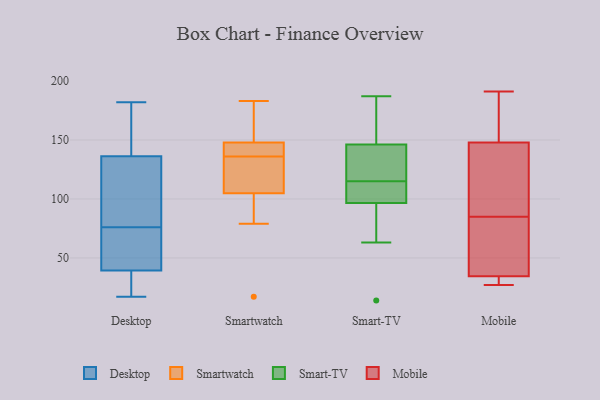
{"axis": {"x": "LTV (USD)", "y": "Value"}, "legend": ["Desktop", "Mobile", "Smart-TV", "Smartwatch"], "data": [{"x": "", "y": 76, "type": "Desktop"}, {"x": "", "y": 170, "type": "Desktop"}, {"x": "", "y": 177, "type": "Desktop"}, {"x": "", "y": 182, "type": "Desktop"}, {"x": "", "y": 27, "type": "Desktop"}, {"x": "", "y": 97, "type": "Desktop"}, {"x": "", "y": 58, "type": "Desktop"}, {"x": "", "y": 54, "type": "Desktop"}, {"x": "", "y": 124, "type": "Desktop"}, {"x": "", "y": 100, "type": "Desktop"}, {"x": "", "y": 41, "type": "Desktop"}, {"x": "", "y": 21, "type": "Desktop"}, {"x": "", "y": 17, "type": "Desktop"}, {"x": "", "y": 47, "type": "Desktop"}, {"x": "", "y": 125, "type": "Desktop"}, {"x": "", "y": 34, "type": "Desktop"}, {"x": "", "y": 180, "type": "Desktop"}, {"x": "", "y": 143, "type": "Smartwatch"}, {"x": "", "y": 98, "type": "Smartwatch"}, {"x": "", "y": 125, "type": "Smartwatch"}, {"x": "", "y": 148, "type": "Smartwatch"}, {"x": "", "y": 104, "type": "Smartwatch"}, {"x": "", "y": 136, "type": "Smartwatch"}, {"x": "", "y": 147, "type": "Smartwatch"}, {"x": "", "y": 175, "type": "Smartwatch"}, {"x": "", "y": 17, "type": "Smartwatch"}, {"x": "", "y": 183, "type": "Smartwatch"}, {"x": "", "y": 180, "type": "Smartwatch"}, {"x": "", "y": 147, "type": "Smartwatch"}, {"x": "", "y": 103, "type": "Smartwatch"}, {"x": "", "y": 79, "type": "Smartwatch"}, {"x": "", "y": 107, "type": "Smartwatch"}, {"x": "", "y": 134, "type": "Smartwatch"}, {"x": "", "y": 171, "type": "Smartwatch"}, {"x": "", "y": 115, "type": "Smartwatch"}, {"x": "", "y": 147, "type": "Smartwatch"}, {"x": "", "y": 147, "type": "Smart-TV"}, {"x": "", "y": 104, "type": "Smart-TV"}, {"x": "", "y": 187, "type": "Smart-TV"}, {"x": "", "y": 63, "type": "Smart-TV"}, {"x": "", "y": 106, "type": "Smart-TV"}, {"x": "", "y": 115, "type": "Smart-TV"}, {"x": "", "y": 14, "type": "Smart-TV"}, {"x": "", "y": 144, "type": "Smart-TV"}, {"x": "", "y": 94, "type": "Smart-TV"}, {"x": "", "y": 150, "type": "Smart-TV"}, {"x": "", "y": 117, "type": "Smart-TV"}, {"x": "", "y": 85, "type": "Mobile"}, {"x": "", "y": 141, "type": "Mobile"}, {"x": "", "y": 31, "type": "Mobile"}, {"x": "", "y": 54, "type": "Mobile"}, {"x": "", "y": 174, "type": "Mobile"}, {"x": "", "y": 32, "type": "Mobile"}, {"x": "", "y": 71, "type": "Mobile"}, {"x": "", "y": 35, "type": "Mobile"}, {"x": "", "y": 27, "type": "Mobile"}, {"x": "", "y": 141, "type": "Mobile"}, {"x": "", "y": 110, "type": "Mobile"}, {"x": "", "y": 191, "type": "Mobile"}, {"x": "", "y": 33, "type": "Mobile"}, {"x": "", "y": 124, "type": "Mobile"}, {"x": "", "y": 168, "type": "Mobile"}, {"x": "", "y": 81, "type": "Mobile"}, {"x": "", "y": 181, "type": "Mobile"}]}